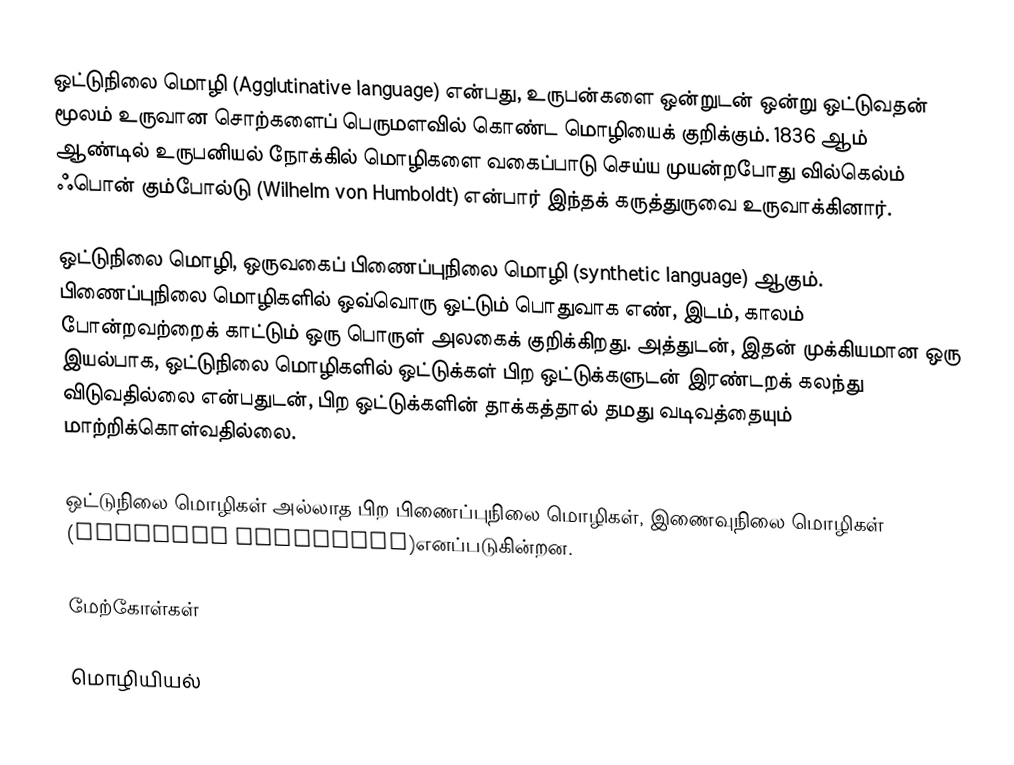
ஒட்டுநிலை மொழி (Agglutinative language) என்பது, உருபன்களை ஒன்றுடன் ஒன்று ஒட்டுவதன் மூலம் உருவான சொற்களைப் பெருமளவில் கொண்ட மொழியைக் குறிக்கும். 1836 ஆம் ஆண்டில் உருபனியல் நோக்கில் மொழிகளை வகைப்பாடு செய்ய முயன்றபோது வில்கெல்ம் ஃபொன் கும்போல்டு (Wilhelm von Humboldt) என்பார் இந்தக் கருத்துருவை உருவாக்கினார்.

ஒட்டுநிலை மொழி, ஒருவகைப் பிணைப்புநிலை மொழி (synthetic language) ஆகும். பிணைப்புநிலை மொழிகளில் ஒவ்வொரு ஒட்டும் பொதுவாக எண், இடம், காலம் போன்றவற்றைக் காட்டும் ஒரு பொருள் அலகைக் குறிக்கிறது. அத்துடன், இதன் முக்கியமான ஒரு இயல்பாக, ஒட்டுநிலை மொழிகளில் ஒட்டுக்கள் பிற ஒட்டுக்களுடன் இரண்டறக் கலந்து விடுவதில்லை என்பதுடன், பிற ஒட்டுக்களின் தாக்கத்தால் தமது வடிவத்தையும் மாற்றிக்கொள்வதில்லை.

ஒட்டுநிலை மொழிகள் அல்லாத பிற பிணைப்புநிலை மொழிகள், இணைவுநிலை மொழிகள் (fusional languages)எனப்படுகின்றன.

மேற்கோள்கள்

மொழியியல்